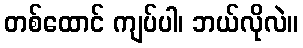
တစ်ထောင် ကျပ်ပါ၊ ဘယ်လိုလဲ။